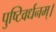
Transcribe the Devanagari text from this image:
पुष्टिवर्धनम्।